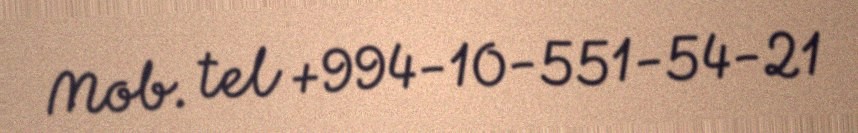
Mob. tel +994-10-551-54-21